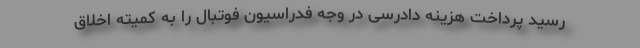
رسید پرداخت هزینه دادرسی در وجه فدراسیون فوتبال را به کمیته اخلاق